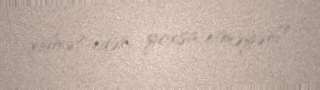
xidmət edən, yoxsa etməyən?.